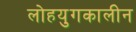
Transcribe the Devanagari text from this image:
लोहयुगकालीन